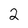
Character: 2